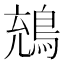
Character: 𪁇